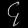
Digit: ၄